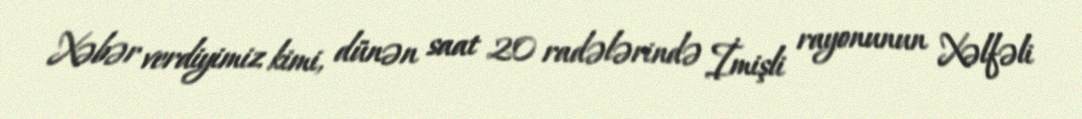
Xəbər verdiyimiz kimi, dünən saat 20 radələrində İmişli rayonunun Xəlfəli